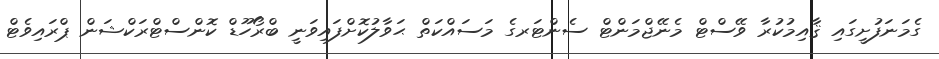
ގެމަނަފުށީގައި ޤާއިމުކުރާ ވޭސްޓް މެނޭޖްމަންޓް ސެންޓަރގެ މަސައްކަތް ޙަވާލުކޮށްފައިވަނީ ބްރޯހޫޑް ކޮންސްޓްރަކްޝަން ޕްރައިވެޓް